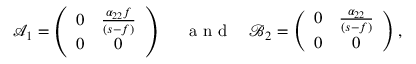
\mathcal { A } _ { 1 } = \left( \begin{array} { c c } { 0 } & { \frac { \alpha _ { 2 2 } f } { ( s - f ) } } \\ { 0 } & { 0 } \end{array} \right) ~ ~ ~ ~ \mathrm { ~ a ~ n ~ d ~ } ~ ~ ~ \mathcal { B } _ { 2 } = \left( \begin{array} { c c } { 0 } & { \frac { \alpha _ { 2 2 } } { ( s - f ) } } \\ { 0 } & { 0 } \end{array} \right) ,